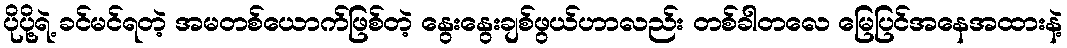
ပိုပို့ရဲ့ ခင်မင်ရတဲ့ အမတစ်ယောက်ဖြစ်တဲ့ နွေးနွေးချစ်ဖွယ်ဟာလည်း တစ်ခါတလေ မြေပြင်အနေအထားနဲ့